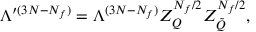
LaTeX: \Lambda ^ { \prime ( 3 N - N _ { f } ) } = \Lambda ^ { ( 3 N - N _ { f } ) } Z _ { Q } ^ { N _ { f } / 2 } Z _ { \tilde { Q } } ^ { N _ { f } / 2 } ,